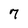
Character: 7